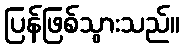
ပြန်ဖြစ်သွားသည်။